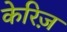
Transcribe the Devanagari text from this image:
केरिज़